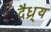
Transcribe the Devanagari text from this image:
दैध्र्य